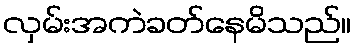
လှမ်းအကဲခတ်နေမိသည်။